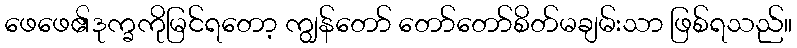
ဖေဖေ၏ဒုက္ခကိုမြင်ရတော့ ကျွန်တော် တော်တော်စိတ်မချမ်းသာ ဖြစ်ရသည်။